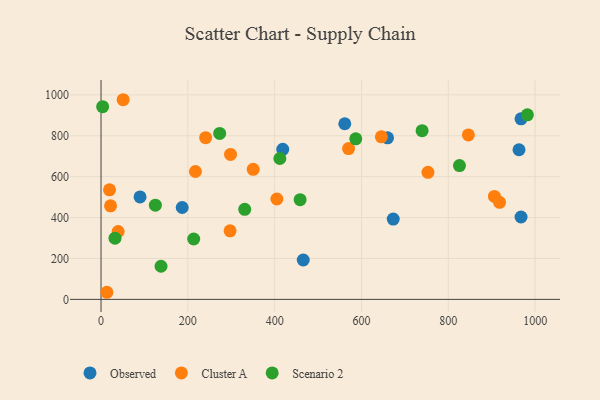
{"axis": {"x": "Engine Size", "y": "Sales"}, "legend": ["Cluster A", "Observed", "Scenario 2"], "data": [{"x": "660.0", "y": 790.0, "type": "Observed"}, {"x": "967.5", "y": 402.8, "type": "Observed"}, {"x": "187.0", "y": 449.3, "type": "Observed"}, {"x": "418.6", "y": 733.6, "type": "Observed"}, {"x": "465.8", "y": 192.6, "type": "Observed"}, {"x": "89.9", "y": 500.8, "type": "Observed"}, {"x": "967.5", "y": 882.7, "type": "Observed"}, {"x": "561.5", "y": 858.6, "type": "Observed"}, {"x": "673.1", "y": 392.7, "type": "Observed"}, {"x": "962.8", "y": 731.5, "type": "Observed"}, {"x": "297.3", "y": 335.1, "type": "Cluster A"}, {"x": "21.9", "y": 457.2, "type": "Cluster A"}, {"x": "906.2", "y": 503.4, "type": "Cluster A"}, {"x": "753.1", "y": 621.2, "type": "Cluster A"}, {"x": "350.6", "y": 635.9, "type": "Cluster A"}, {"x": "918.0", "y": 474.7, "type": "Cluster A"}, {"x": "241.0", "y": 790.4, "type": "Cluster A"}, {"x": "13.4", "y": 34.8, "type": "Cluster A"}, {"x": "298.3", "y": 708.5, "type": "Cluster A"}, {"x": "570.2", "y": 737.3, "type": "Cluster A"}, {"x": "217.5", "y": 625.2, "type": "Cluster A"}, {"x": "51.0", "y": 976.1, "type": "Cluster A"}, {"x": "846.2", "y": 803.9, "type": "Cluster A"}, {"x": "645.8", "y": 794.7, "type": "Cluster A"}, {"x": "405.1", "y": 490.7, "type": "Cluster A"}, {"x": "39.5", "y": 331.8, "type": "Cluster A"}, {"x": "19.6", "y": 535.4, "type": "Cluster A"}, {"x": "273.3", "y": 811.2, "type": "Scenario 2"}, {"x": "739.6", "y": 824.7, "type": "Scenario 2"}, {"x": "125.2", "y": 460.5, "type": "Scenario 2"}, {"x": "586.8", "y": 784.9, "type": "Scenario 2"}, {"x": "458.6", "y": 487.5, "type": "Scenario 2"}, {"x": "411.9", "y": 688.7, "type": "Scenario 2"}, {"x": "213.5", "y": 295.2, "type": "Scenario 2"}, {"x": "331.0", "y": 440.4, "type": "Scenario 2"}, {"x": "138.2", "y": 162.1, "type": "Scenario 2"}, {"x": "3.7", "y": 941.9, "type": "Scenario 2"}, {"x": "825.7", "y": 654.3, "type": "Scenario 2"}, {"x": "982.1", "y": 902.5, "type": "Scenario 2"}, {"x": "32.2", "y": 299.3, "type": "Scenario 2"}]}